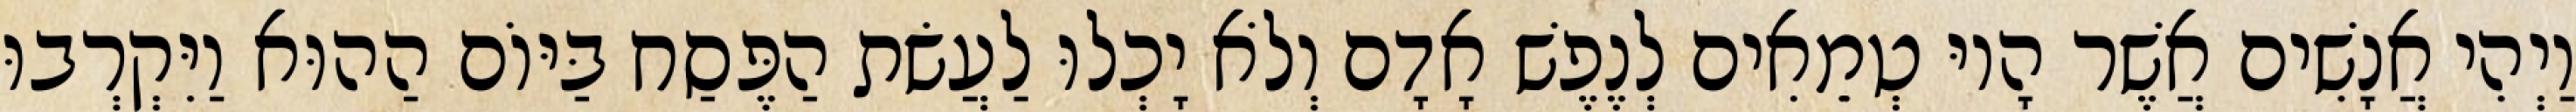
וַיְהִי אֲנָשִׁים אֲשֶׁר הָיוּ טְמֵאִים לְנֶפֶשׁ אָדָם וְלֹא יָכְלוּ לַעֲשׂת הַפֶּסַח בַּיּוֹם הַהוּא וַיִּקְרְבוּ